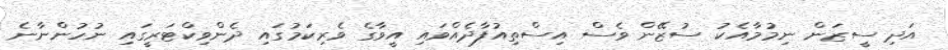
އަދި ސީޒަން ނިމުމާއެކު ސުޒޭން ވެސް އިސްތިއުފާދެއްވައި އީވާގެ ވެރިކަމުގައި ދެންވިކްޓަރީގައި ނުހުންނާނެ